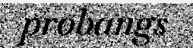
probangs